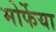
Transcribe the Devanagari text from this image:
मोर्फेया